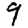
Digit: 9